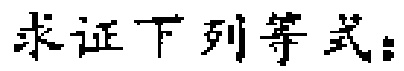
求证下列等式：